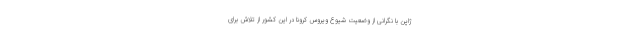
ژاپن با نگرانی از وضعیت شیوع ویروس کرونا در این کشور از تلاش برای